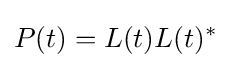
P(t)=L(t)L(t)^{*}